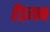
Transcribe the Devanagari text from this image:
हैंडगन